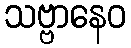
သဗ္ဗာနေဝ